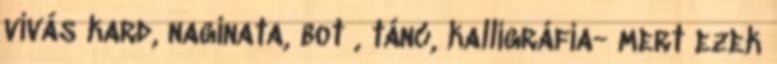
vívás kard, naginata, bot , tánc, kalligráfia- mert ezek